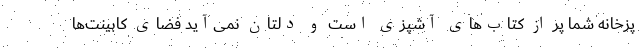
پزخانه شما پر از کتاب‌های آشپزی است و دلتان نمی‌آید فضای کابینت‌ها